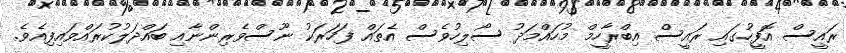
ރައީސް އޮފީހުގައި ރައީސް އިބްރާހީމް މުހައްމަދު ސޯލިހުވެސް އެތައް ފަހަރަކު ނޫސްވެރިންނާއި ބައްދަލުކުރައްވައިފިއެވެ.